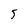
Character: 5